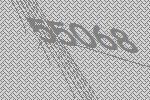
55068